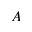
A